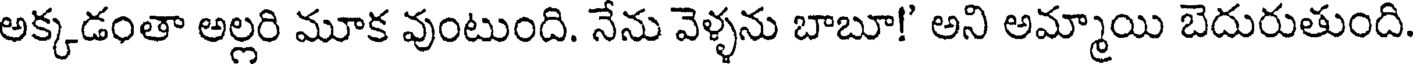
అక్కడంతా అల్లరి మూక వుంటుంది. నేను వెళ్ళను బాబూ!' అని అమ్మాయి బెదురుతుంది